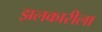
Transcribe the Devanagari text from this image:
झलकारीला